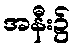
အနီး၌